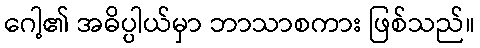
ဂေါ့၏ အဓိပ္ပါယ်မှာ ဘာသာစကား ဖြစ်သည်။